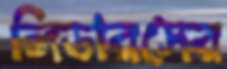
লিডারসের